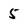
Character: 5